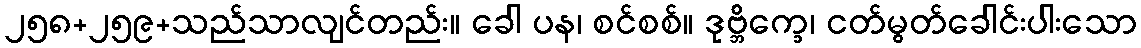
၂၅၈+၂၅၉+သည်သာလျင်တည်း။ ခေါ ပန၊ စင်စစ်။ ဒုဗ္ဘိက္ခေ၊ ငတ်မွတ်ခေါင်းပါးသော